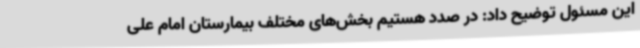
این مسئول توضیح داد: در صدد هستیم بخش‌های‌ مختلف بیمارستان امام علی